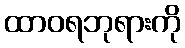
ထာဝရဘုရားကို